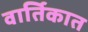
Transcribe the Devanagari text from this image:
वार्तिकात